Eestimaa_Kommunistliku_Partei_Keskkomitee, lk 52
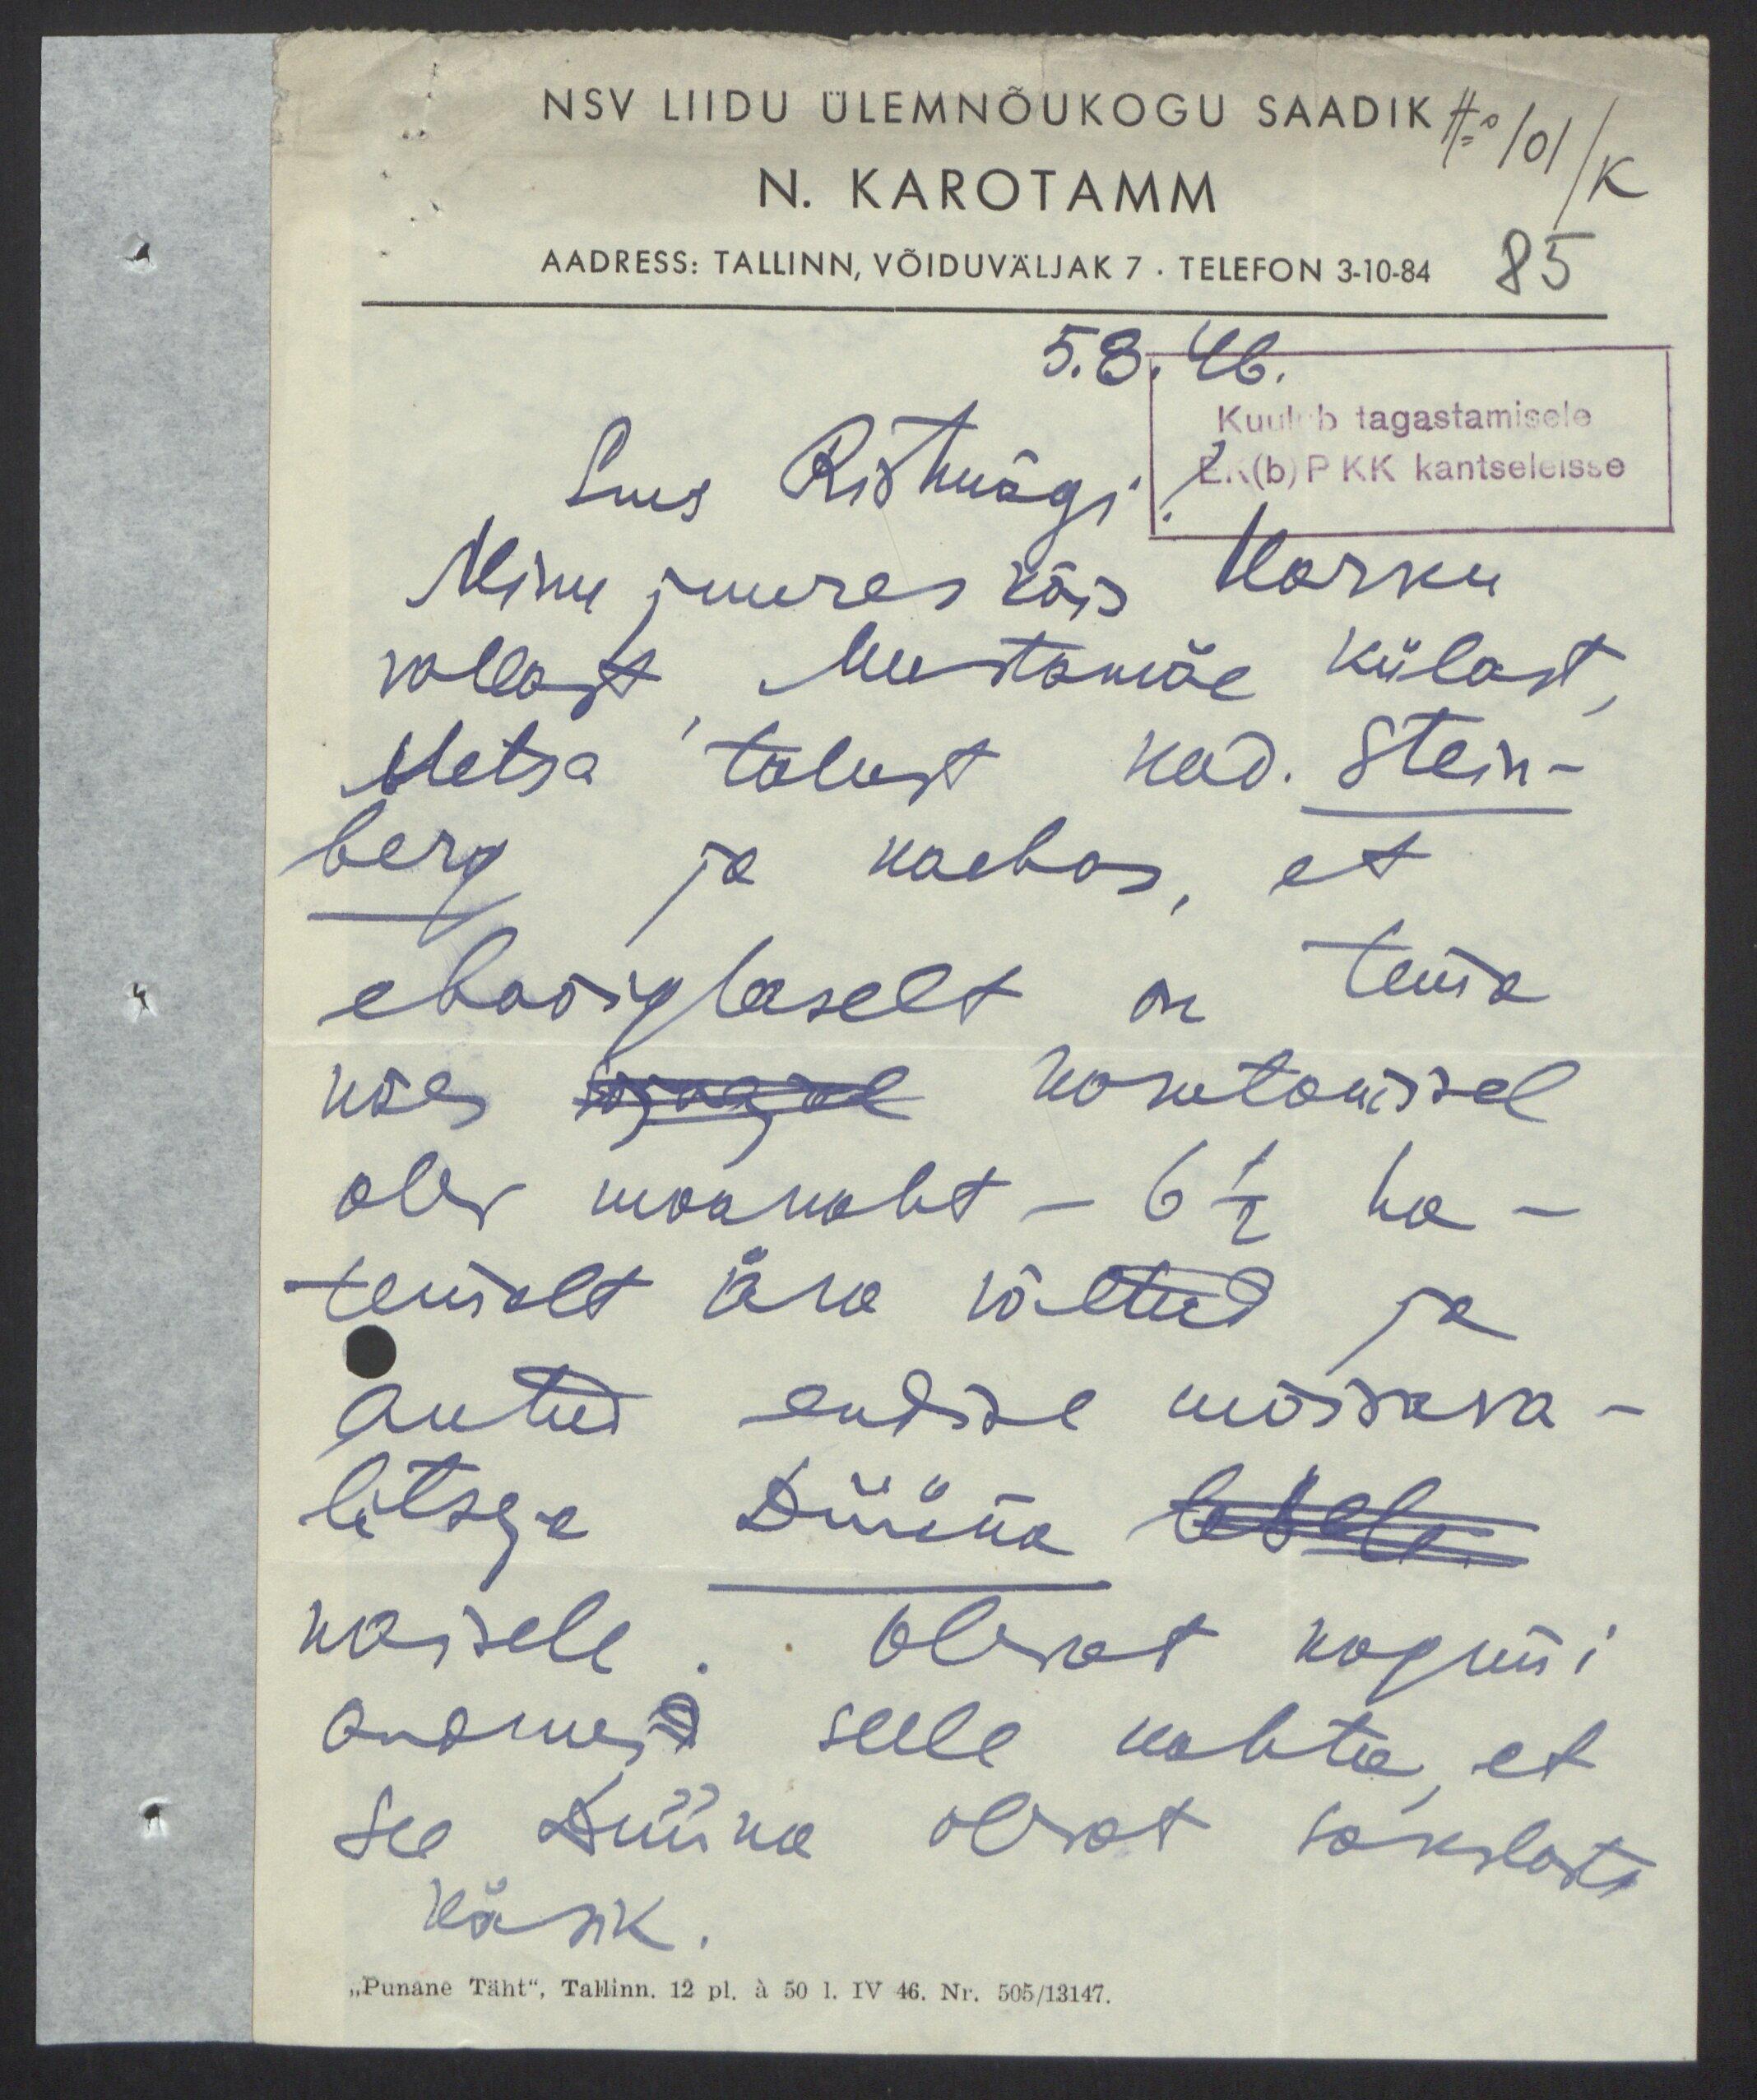
NSV Liidu ülemnõukogu saadik
No 101/K
N. KAROTAMM
AADRESS: TALLINN, VÕIDUVÄLJAK 7 . TELEFON 3-10-84
85
5.8. 46.
Kuulub tagastamisele
Sms Ristmägi
EK(b)P KK kantseleisse
Minu juures käis Harku
vallast Mustamäe külast
Metsa talust kod. Stein-
berg ja kaebas, et
ebaõiglaselt on tema
käes magal kasutamisel
olev maakoht - 6 1/2 ha -
temalt ära võetud ja
antud endise mõisava-
litseja Düüna lesele
naisele. Olevat koguni
andmed selle kohtu, et
see Düüna olevat sakslaste
käsik.
„Punane Täht", Tallinn. 12 pl. à 50 I. IV 46. Nr. 505/13147.